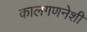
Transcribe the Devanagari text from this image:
कालगणनेशी